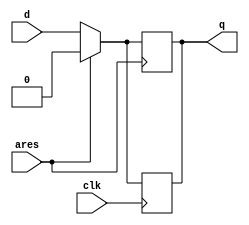
/* Generated by Yosys 0.33+6 (git sha1 05f0262d775, gcc 13.2.1 -O2 -fexceptions -fstack-protector-strong -m64 -mtune=generic -fasynchronous-unwind-tables -fstack-clash-protection -fcf-protection -fno-omit-frame-pointer -mno-omit-leaf-frame-pointer -fPIC -Os) */

module asyncres(clk, d, ares, q);
  reg \$auto$verilog_backend.cc:2184:dump_module$2  = 0;
  reg _0_;
  input ares;
  wire ares;
  input clk;
  wire clk;
  input d;
  wire d;
  output q;
  reg q;
  always @* begin
    if (\$auto$verilog_backend.cc:2184:dump_module$2 ) begin end
    _0_ = q;
    casez (ares)
      1'h1:
          _0_ = 1'h0;
      default:
          _0_ = d;
    endcase
  end
  always @(posedge clk) begin
      q <= _0_;
  end
  always @(posedge ares) begin
      q <= _0_;
  end
endmodule